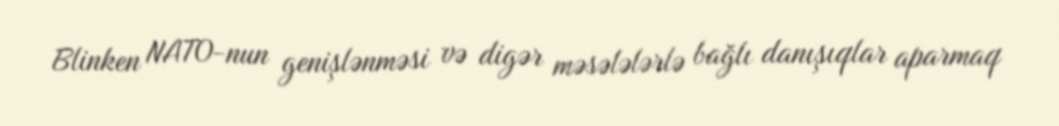
Blinken NATO-nun genişlənməsi və digər məsələlərlə bağlı danışıqlar aparmaq